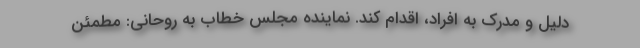
دلیل و مدرک به افراد، اقدام کند. نماینده مجلس خطاب به روحانی: مطمئن